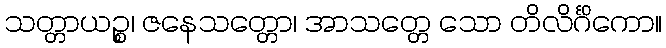
သတ္တာယဉ္စ၊ ဇနေသတ္တော၊ အာသတ္တေ သော တိလိင်္ဂိကော။